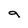
Character: 9